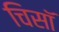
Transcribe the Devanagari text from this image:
चिसॉ